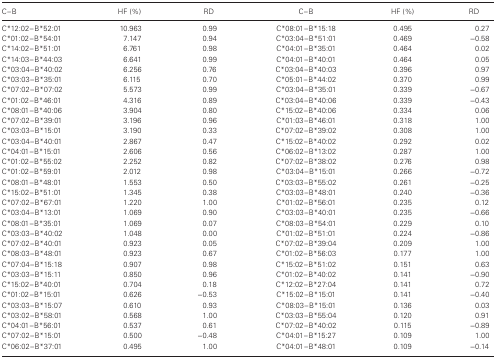
<table><thead><tr><td><b>C–B</b></td><td><b>HF (%)</b></td><td><b>RD</b></td><td><b>C–B</b></td><td><b>HF (%)</b></td><td><b>RD</b></td></tr></thead><tbody><tr><td>C*12:02–B*52:01</td><td>10.963</td><td> 0.99 </td><td>C*08:01–B*15:18</td><td>0.495</td><td> 0.27 </td></tr><tr><td>C*01:02–B*54:01</td><td> 7.147</td><td> 0.94 </td><td>C*03:04–B*51:01</td><td>0.469</td><td>−0.58 </td></tr><tr><td>C*14:02–B*51:01</td><td> 6.761</td><td> 0.98 </td><td>C*04:01–B*35:01</td><td>0.464</td><td> 0.02 </td></tr><tr><td>C*14:03–B*44:03</td><td> 6.641</td><td> 0.99 </td><td>C*04:01–B*40:01</td><td>0.464</td><td> 0.05 </td></tr><tr><td>C*03:04–B*40:02</td><td> 6.256</td><td> 0.76 </td><td>C*03:04–B*40:03</td><td>0.396</td><td> 0.97 </td></tr><tr><td>C*03:03–B*35:01</td><td> 6.115</td><td> 0.70 </td><td>C*05:01–B*44:02</td><td>0.370</td><td> 0.99 </td></tr><tr><td>C*07:02–B*07:02</td><td> 5.573</td><td> 0.99 </td><td>C*03:04–B*35:01</td><td>0.339</td><td>−0.67 </td></tr><tr><td>C*01:02–B*46:01</td><td> 4.316</td><td> 0.89 </td><td>C*03:04–B*40:06</td><td>0.339</td><td>−0.43 </td></tr><tr><td>C*08:01–B*40:06</td><td> 3.904</td><td> 0.80 </td><td>C*15:02–B*40:06</td><td>0.334</td><td> 0.06 </td></tr><tr><td>C*07:02–B*39:01</td><td> 3.196</td><td> 0.96 </td><td>C*01:03–B*46:01</td><td>0.318</td><td> 1.00 </td></tr><tr><td>C*03:03–B*15:01</td><td> 3.190</td><td> 0.33 </td><td>C*07:02–B*39:02</td><td>0.308</td><td> 1.00 </td></tr><tr><td>C*03:04–B*40:01</td><td> 2.867</td><td> 0.47 </td><td>C*15:02–B*40:02</td><td>0.292</td><td> 0.02 </td></tr><tr><td>C*04:01–B*15:01</td><td> 2.606</td><td> 0.56 </td><td>C*06:02–B*13:02</td><td>0.287</td><td> 1.00 </td></tr><tr><td>C*01:02–B*55:02</td><td> 2.252</td><td> 0.82 </td><td>C*07:02–B*38:02</td><td>0.276</td><td> 0.98 </td></tr><tr><td>C*01:02–B*59:01</td><td> 2.012</td><td> 0.98 </td><td>C*03:04–B*15:01</td><td>0.266</td><td>−0.72 </td></tr><tr><td>C*08:01–B*48:01</td><td> 1.553</td><td> 0.50 </td><td>C*03:03–B*55:02</td><td>0.261</td><td>−0.25 </td></tr><tr><td>C*15:02–B*51:01</td><td> 1.345</td><td> 0.38 </td><td>C*03:03–B*48:01</td><td>0.240</td><td>−0.36 </td></tr><tr><td>C*07:02–B*67:01</td><td> 1.220</td><td> 1.00 </td><td>C*01:02–B*56:01</td><td>0.235</td><td> 0.12 </td></tr><tr><td>C*03:04–B*13:01</td><td> 1.069</td><td> 0.90 </td><td>C*03:03–B*40:01</td><td>0.235</td><td>−0.66 </td></tr><tr><td>C*08:01–B*35:01</td><td> 1.069</td><td> 0.07 </td><td>C*08:03–B*54:01</td><td>0.229</td><td> 0.10 </td></tr><tr><td>C*03:03–B*40:02</td><td> 1.048</td><td> 0.00 </td><td>C*01:02–B*51:01</td><td>0.224</td><td>−0.86 </td></tr><tr><td>C*07:02–B*40:01</td><td> 0.923</td><td> 0.05 </td><td>C*07:02–B*39:04</td><td>0.209</td><td> 1.00 </td></tr><tr><td>C*08:03–B*48:01</td><td> 0.923</td><td> 0.67 </td><td>C*01:02–B*56:03</td><td>0.177</td><td> 1.00 </td></tr><tr><td>C*07:04–B*15:18</td><td> 0.907</td><td> 0.98 </td><td>C*15:02–B*51:02</td><td>0.151</td><td> 0.63 </td></tr><tr><td>C*03:03–B*15:11</td><td> 0.850</td><td> 0.96 </td><td>C*01:02–B*40:02</td><td>0.141</td><td>−0.90 </td></tr><tr><td>C*15:02–B*40:01</td><td> 0.704</td><td> 0.18 </td><td>C*12:02–B*27:04</td><td>0.141</td><td> 0.72 </td></tr><tr><td>C*01:02–B*15:01</td><td> 0.626</td><td>−0.53 </td><td>C*15:02–B*15:01</td><td>0.141</td><td>−0.40 </td></tr><tr><td>C*03:03–B*15:07</td><td> 0.610</td><td> 0.93 </td><td>C*08:03–B*15:01</td><td>0.136</td><td> 0.03 </td></tr><tr><td>C*03:02–B*58:01</td><td> 0.568</td><td> 1.00 </td><td>C*03:03–B*55:04</td><td>0.120</td><td> 0.91 </td></tr><tr><td>C*04:01–B*56:01</td><td> 0.537</td><td> 0.61 </td><td>C*07:02–B*40:02</td><td>0.115</td><td>−0.89 </td></tr><tr><td>C*07:02–B*15:01</td><td> 0.500</td><td>−0.48 </td><td>C*04:01–B*15:27</td><td>0.109</td><td> 1.00 </td></tr><tr><td>C*06:02–B*37:01</td><td> 0.495</td><td> 1.00 </td><td>C*04:01–B*48:01</td><td>0.109</td><td>−0.14 </td></tr></tbody></table>